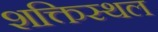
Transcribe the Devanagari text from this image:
शक्तिस्थल